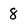
Character: 8